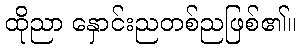
ထိုညာ နှောင်းညတစ်ညဖြစ်၏။